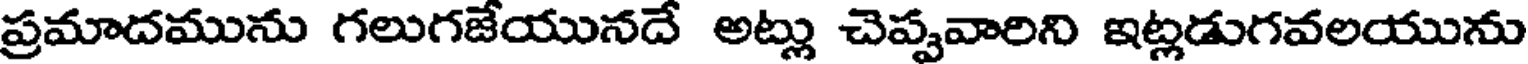
ప్రమాదమును గలుగజేయునదే అట్లు చెప్పవారిని ఇట్లడుగవలయును